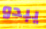
يبدو